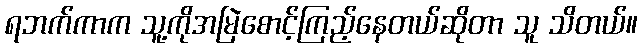
ရဘက်ကာက သူ့ကိုအမြဲစောင့်ကြည့်နေတယ်ဆိုတာ သူ သိတယ်။